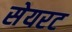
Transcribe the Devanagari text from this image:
सेयरट